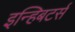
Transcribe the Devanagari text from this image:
इन्हिबटर्स